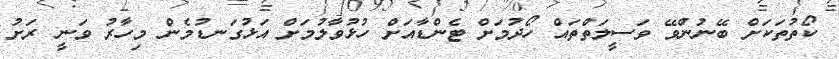
ކޯތުތަކަށް ބޭނުންވޭ ވަސީލަތްތައް ހޯދުމަށް ޓެންޑާއަށް ހުޅުވާލުމަށް އަޅުގަނޑުމެން މިހާރު ވަނީ ރަށު